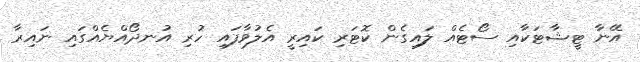
އޭނާ ޓީޝާޓަކާއި ސޯޓެއް ލައިގެން ކޮޓަރި ކައިރީ އެލުވާފައި ހުރި އުނދޯއްޔެއްގައި ނައިރާ